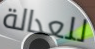
للعدالة